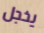
يخجل